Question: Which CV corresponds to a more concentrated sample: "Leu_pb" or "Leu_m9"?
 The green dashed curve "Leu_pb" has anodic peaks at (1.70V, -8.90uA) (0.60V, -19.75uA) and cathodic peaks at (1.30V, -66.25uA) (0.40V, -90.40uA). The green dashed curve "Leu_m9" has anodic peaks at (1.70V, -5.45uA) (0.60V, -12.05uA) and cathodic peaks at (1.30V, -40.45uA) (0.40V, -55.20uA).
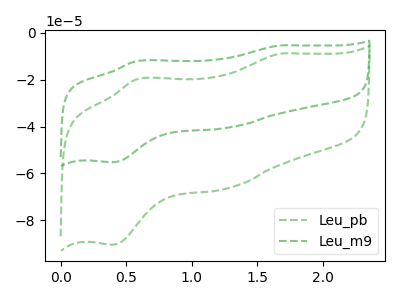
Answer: <think>All the peaks in "Leu_pb" have a peak in "Leu_m9" at the same potential.
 </think>
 <answer>I cant tell if "Leu_pb" or "Leu_m9" has higher concentration.</answer>
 <eval>mixed_concentration</eval>